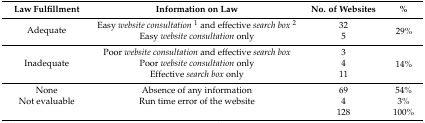
| Law Fulfillment | Information on Law | No. of Websites | % |
 | --- | --- | --- | --- |
 | <ROWSPAN=2> Adequate | Easy website consultation1 and effective search box2 | 32 | <ROWSPAN=2> 29% |
 | Easy website consultation only | 5 |
 | <ROWSPAN=3> Inadequate | Poor website consultation and effective search box | 3 | <ROWSPAN=3> 14% |
 | Poor website consultation only | 4 |
 | Effective search box only | 11 |
 | None | Absence of any information | 69 | 54% |
 | Not evaluable | Run time error of the website | 4 | 3% |
 |  |  | 128 | 100% |